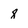
Character: 8